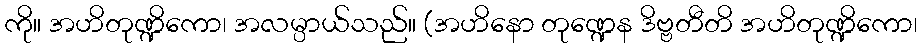
ကို။ အဟိတုဏ္ဍိကော၊ အလမ္ပာယ်သည်။ (အဟိနော တုဏ္ဍေန ဒိဗ္ဗတီတိ အဟိတုဏ္ဍိကော၊